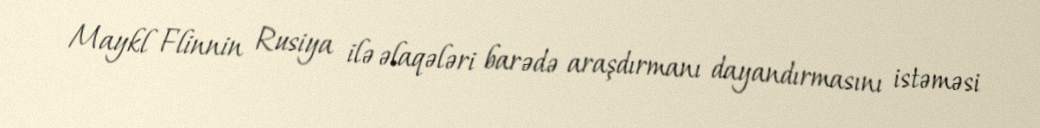
Maykl Flinnin Rusiya ilə əlaqələri barədə araşdırmanı dayandırmasını istəməsi